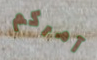
آمركم